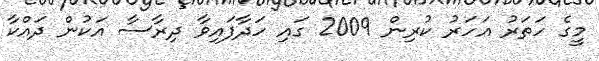
މީގެ ހަތަރު އަހަރު ކުރިން 2009 ގައި ހަދާފައިވާ ދިރާސާ އަކުން ދައްކާ